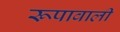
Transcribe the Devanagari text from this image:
रूपावाली